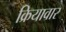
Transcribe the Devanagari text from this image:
क्रियावार